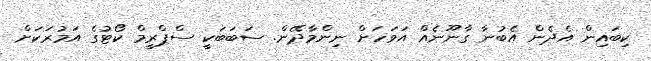
ކިބައިން އެދެން އެބުނާ ގާނޫނެއް އަވަހަށް ނިންމާދޭން. ސަބަބަކީ ސްޕްރީމް ކޯޓުގެ އަމުރަކަށް